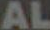
AL